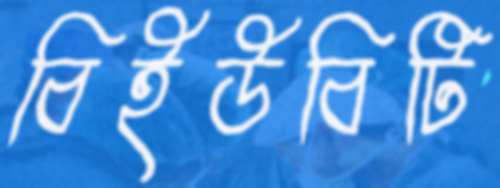
বিইউবিটি